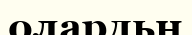
олардьң